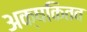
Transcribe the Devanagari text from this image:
अक्षकितव